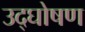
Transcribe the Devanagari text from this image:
उद्घोषण